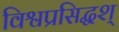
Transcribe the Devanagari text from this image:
विश्वप्रसिद्धश्